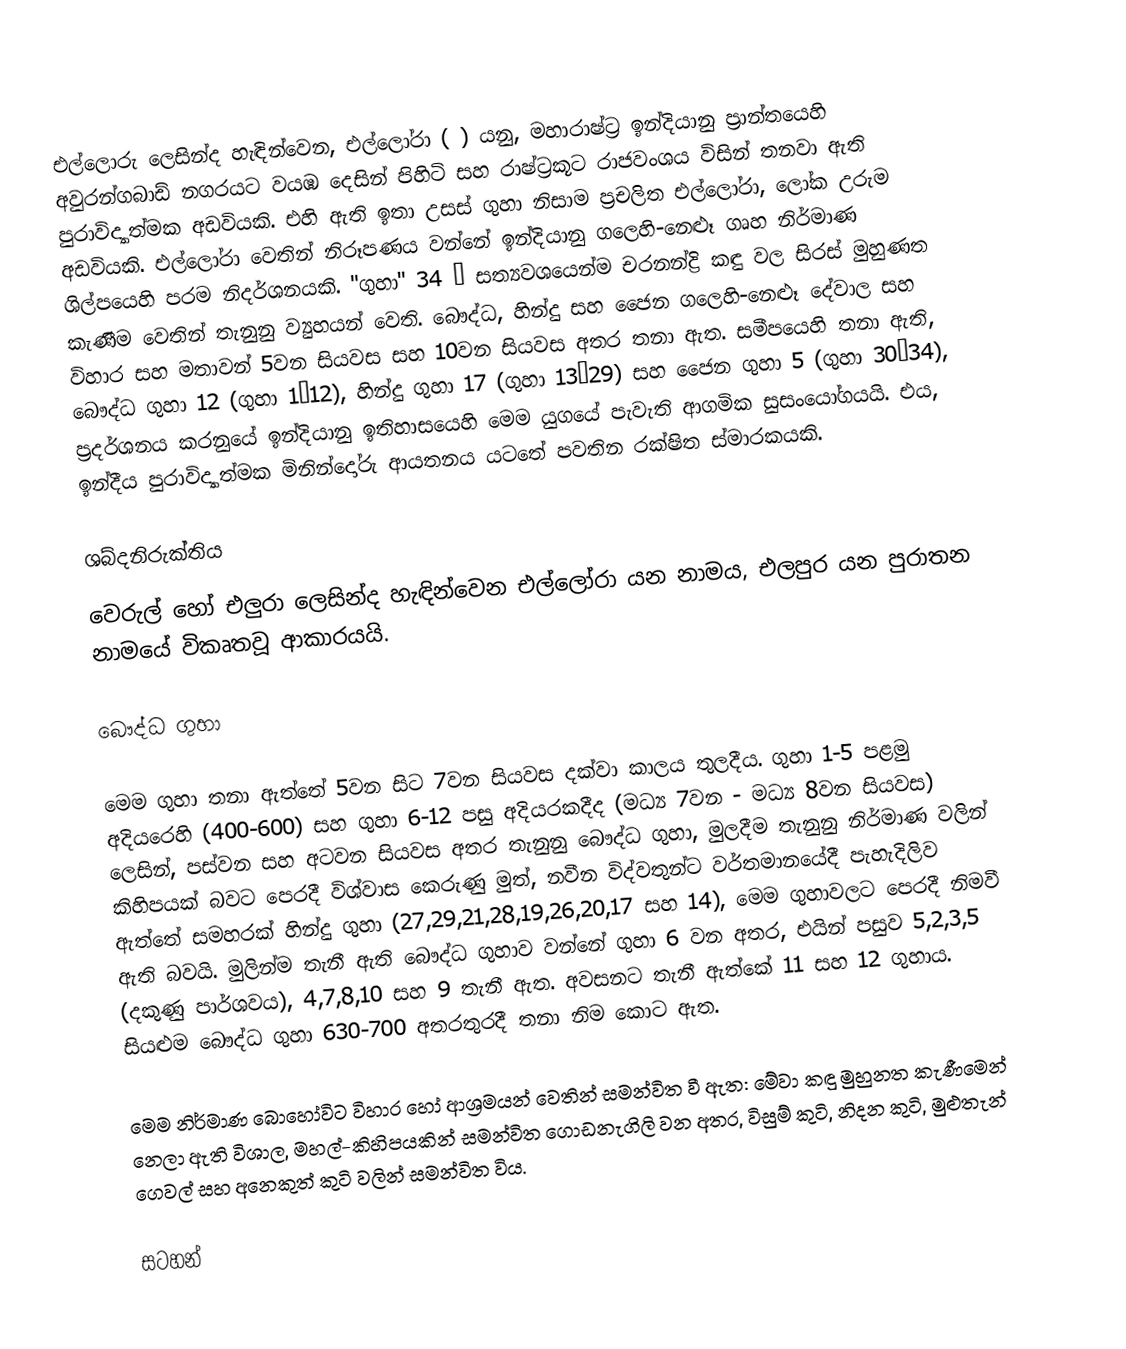
එල්ලොරු ලෙසින්ද හැඳින්වෙන, එල්ලෝරා ( )  යනු,   මහාරාෂ්ට්‍ර ඉන්දියානු  ප්‍රාන්තයෙහි    අවුරන්ගබාඩ් නගරයට  වයඹ දෙසින්  පිහිටි සහ  රාෂ්ට්‍රකූට රාජවංශය විසින් තනවා ඇති පුරාවිද්‍යාත්මක අඩවියකි. එහි ඇති ඉතා උසස් ගුහා නිසාම ප්‍රචලිත එල්ලෝරා, ලෝක උරුම අඩවියකි.  එල්ලෝරා වෙතින් නිරූපණය වන්නේ  ඉන්දියානු ගලෙහි-නෙළූ ගෘහ නිර්මාණ ශිල්පයෙහි  පරම නිදර්ශනයකි.  "ගුහා" 34 – සත්‍යවශයෙන්ම චරනන්ද්‍රි කඳු වල සිරස් මුහුණත කැණීම වෙතින් තැනුනු ව්‍යුහයන් වෙති. බෞද්ධ, හින්දු සහ ජෛන ගලෙහි-නෙළූ දේවාල සහ විහාර සහ මතාවන් 5වන සියවස සහ 10වන සියවස අතර තනා ඇත.  සමීපයෙහි තනා ඇති, බෞද්ධ ගුහා 12 (ගුහා 1–12), හින්දු ගුහා 17 (ගුහා 13–29) සහ ජෛන ගුහා 5 (ගුහා 30–34), ප්‍රදර්ශනය කරනුයේ  ඉන්දියානු ඉතිහාසයෙහි මෙම යුගයේ පැවැති ආගමික සුසංයෝගයයි.  එය,  ඉන්දීය පුරාවිද්‍යාත්මක මිනින්දෝරු ආයතනය යටතේ පවතින රක්ෂිත ස්මාරකයකි.

ශබ්දනිරුක්තිය
වෙරුල් හෝ එලුරා ලෙසින්ද හැඳින්වෙන එල්ලෝරා යන නාමය, එලපුර යන පුරාතන නාමයේ විකෘතවූ ආකාරයයි.

බෞද්ධ ගුහා

මෙම ගුහා තනා ඇත්තේ 5වන සිට 7වන සියවස දක්වා කාලය තුලදීය. ගුහා 1-5 පළමු අදියරෙහි (400-600) සහ ගුහා 6-12 පසු අදියරකදීද (මධ්‍ය 7වන - මධ්‍ය 8වන සියවස) ලෙසින්, පස්වන සහ අටවන සියවස අතර තැනුනු බෞද්ධ ගුහා, මුලදීම තැනුනු නිර්මාණ වලින් කිහිපයක් බවට පෙරදී  විශ්වාස කෙරුණු මුත්, නවීන විද්වතුන්ට වර්තමානයේදී පැහැදිලිව ඇත්තේ සමහරක් හින්දු ගුහා (27,29,21,28,19,26,20,17 සහ 14), මෙම ගුහාවලට පෙරදී නිමවී ඇති බවයි. මුලින්ම තැනී ඇති බෞද්ධ ගුහාව වන්නේ ගුහා 6 වන අතර, එයින් පසුව 5,2,3,5 (දකුණු පාර්ශවය), 4,7,8,10 සහ 9 තැනී ඇත. අවසනට තැනී ඇත්කේ 11 සහ 12 ගුහාය. සියළුම බෞද්ධ ගුහා  630-700 අතරතුරදී තනා නිම කොට ඇත.

මෙම නිර්මාණ බොහෝවිට විහාර හෝ ආශ්‍රමයන් වෙතින් සමන්විත වී ඇත: මේවා කඳු මුහුනත කැණීමෙන් නෙලා ඇති විශාල, මහල්-කිහිපයකින් සමන්විත ගොඩනැගිලි වන අතර, විසුම් කුටි, නිදන කුටි, මුළුතැන් ගෙවල් සහ අනෙකුත් කුටි වලින් සමන්විත විය.

සටහන්